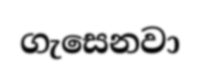
ගැසෙනවා